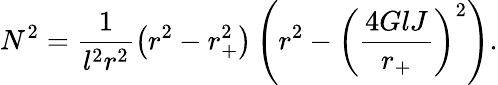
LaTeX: N^{2}=\frac{1}{l^{2}r^{2}}\left(r^{2}-r_{+}^{2}\right)\left(r^{2}-\left(\frac{4GlJ}{r_{+}}\right)^{2}\right).